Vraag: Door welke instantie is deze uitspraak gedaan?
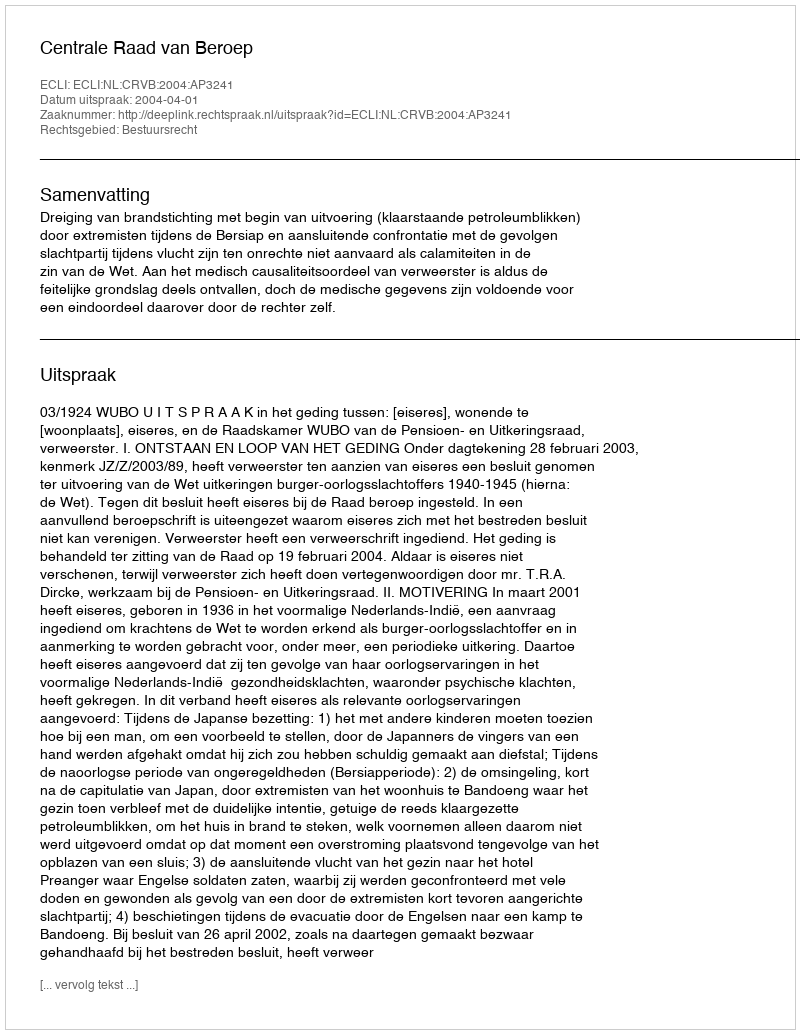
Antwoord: Centrale Raad van Beroep